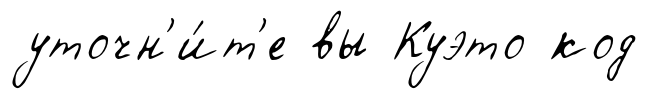
уточн'и́т'е вы Куэто код